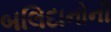
બલિદાનોની